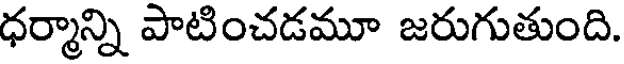
ధర్మాన్ని పాటించడమూ జరుగుతుంది.